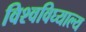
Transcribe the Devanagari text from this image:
विश्वविघ्याल्य